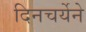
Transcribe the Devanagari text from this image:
दिनचर्येने